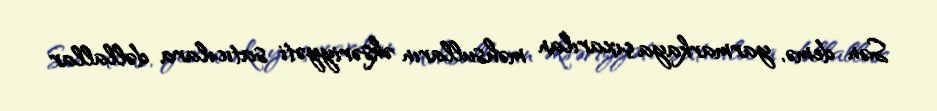
Sən demə, yarmarkaya çıxarılan məhsulların əksəriyyəti satıcılara dəllallar